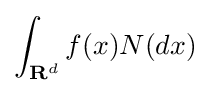
\int _{{\textbf {R}}^{d}}f(x){N}(dx)